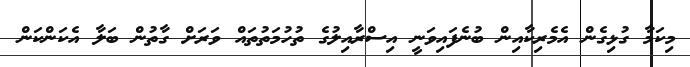
މިކަމާ ގުޅިގެން އެމެރިކާއިން ބުނެފައިވަނީ އިސްރާއިލުގެ ތުހުމަތުތައް ވަރަށް ގާތުން ބަލާ އެކަންކަން